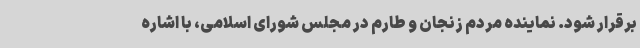
برقرار شود. نماینده مردم زنجان و طارم در مجلس شورای اسلامی، با اشاره